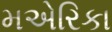
મએરિકા